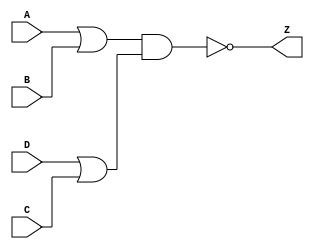
module notech_nao4 (A,B,C,D,Z);
input A,B,C,D;
output Z;
assign Z=~((A|B)&(D|C));
endmodule